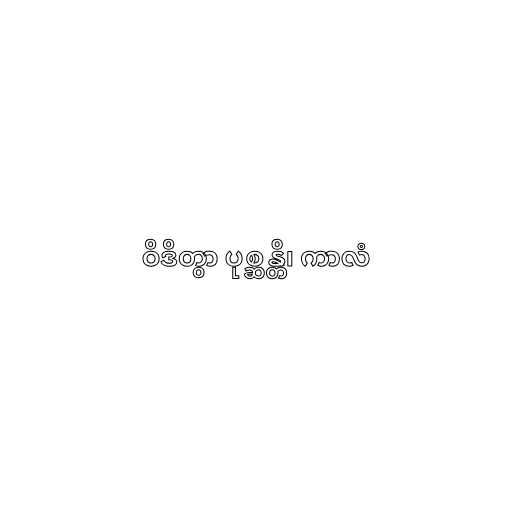
ဝိဒိတွာ ပုစ္ဆန္တိ၊ ကာလံ